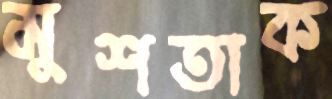
মুশতাক